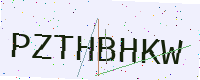
Text: PZTHBHKW